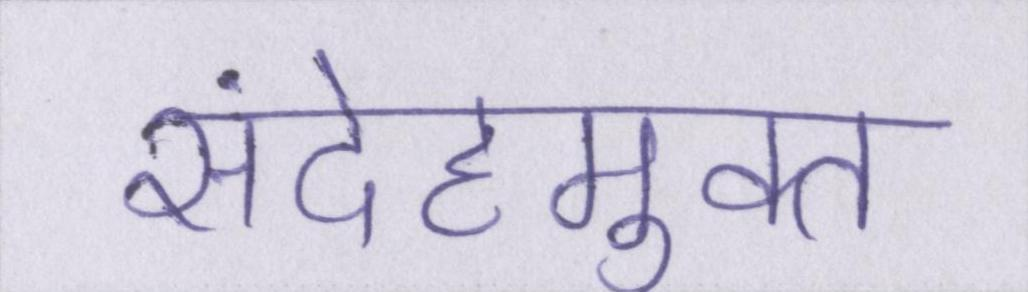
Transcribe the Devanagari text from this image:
संदेहमुक्त